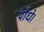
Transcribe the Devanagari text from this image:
पौधे।